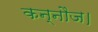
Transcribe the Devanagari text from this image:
कन्नौज।